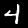
Label: 4